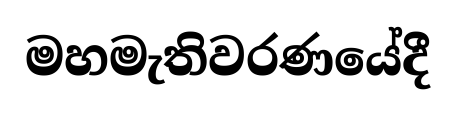
මහමැතිවරණයේදී